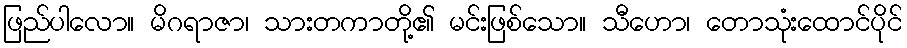
ဖြည်ပါလော။ မိဂရာဇာ၊ သားတကာတို့၏ မင်းဖြစ်သော။ သီဟော၊ တောသုံးထောင်ပိုင်